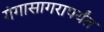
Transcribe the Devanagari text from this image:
गंगासागरापर्यंत